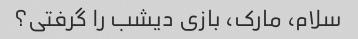
سلام، مارک، بازی دیشب را گرفتی؟